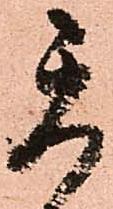
天